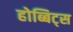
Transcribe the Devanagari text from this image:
होब्बिट्स